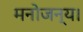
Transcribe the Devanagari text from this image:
मनोजन्य।